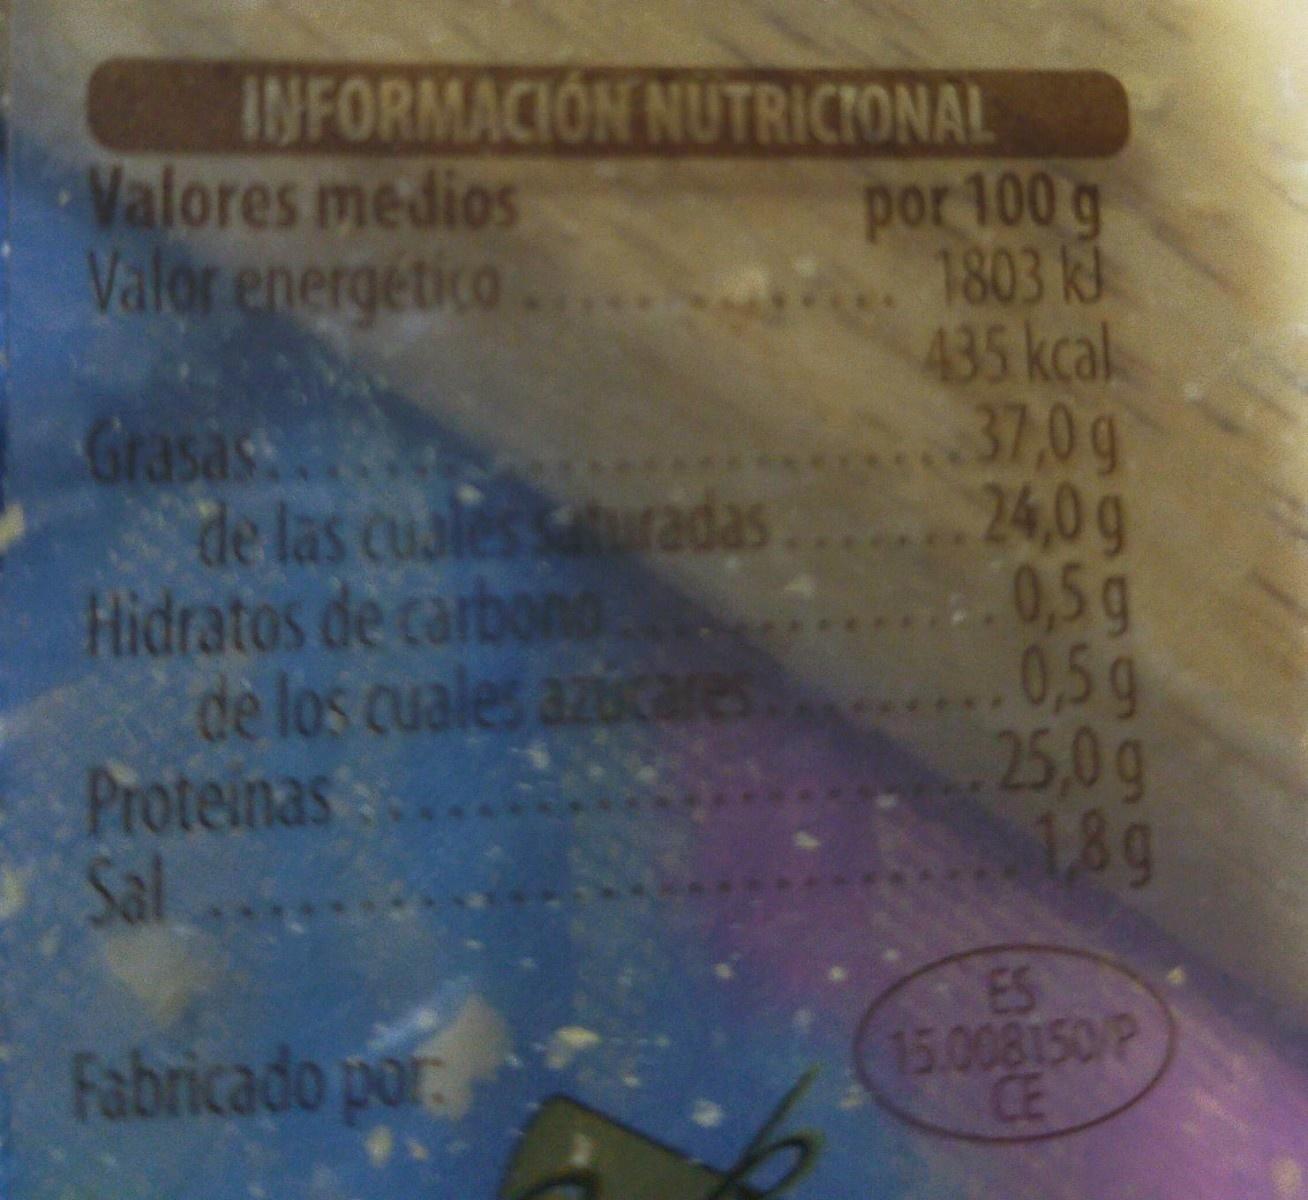
INFORMACION NUTRICIONAL por 100 g 1803 k3 435kcal. 37,0g 24,0g 0,5 g ...0,5g 25,0g 18g Valores medios Valor energético . Grasas de las cuales sauradas Hidratos de carbono. de los cuales azocares Proteinas: Sal ES 15.008150 P CE Fabricado por